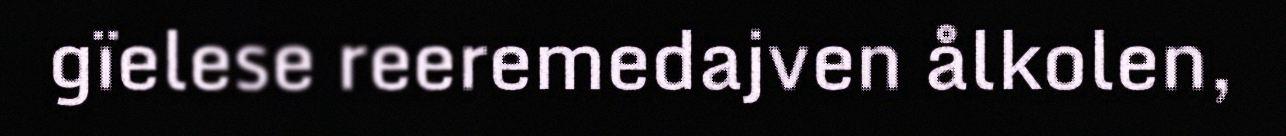
gïelese reeremedajven ålkolen,